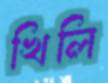
খিলি